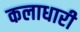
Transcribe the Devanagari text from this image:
कलाधारी